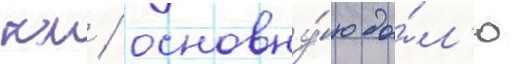
км / основну́ю до́л'ю